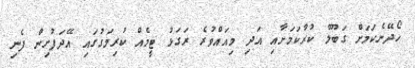
ހޯދޭނެކަމަށް ގަބޫލް ކުރާކަމަށާއި އަދި މިއައްވުރެ ރަގަޅު ޓީމެއް ކުރިމަގުގައި އޭދަފުށިން ފެނި